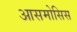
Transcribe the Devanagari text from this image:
आसमोसिस